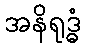
အနိရုဒ္ဓံ